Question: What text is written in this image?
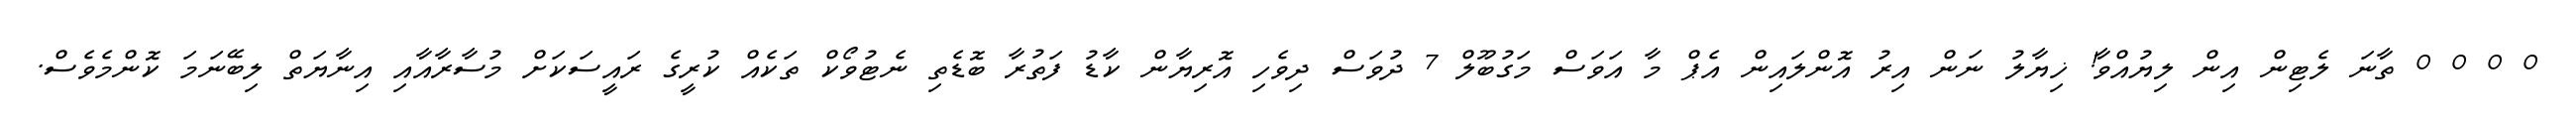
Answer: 0 0 0 0 ތާނަ ލެޓިން އިން ލިޔުއްވާ! ޚިޔާލު ނަން އިރު އޮންލައިން އެޕް މާ އަވަސް މަގުބޫލް 7 ދުވަސް ދިވެހި އޮރިޔާން ކާޑު ފަތުރާ ބޮޑެތި ނެޓުވޯކް ތަކެއް ކުރީގެ ރައީސަކަށް މުސާރާއާއި އިނާޔަތް ލިބޭނަމަ ކޮންމެވެސް.